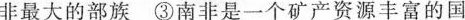
非最大的部族③南非是一个矿产资源丰富的国